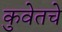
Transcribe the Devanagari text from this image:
कुवेतचे